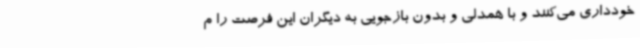
خودداری می‌کنند و با همدلی و بدون بازجویی به دیگران این فرصت را م